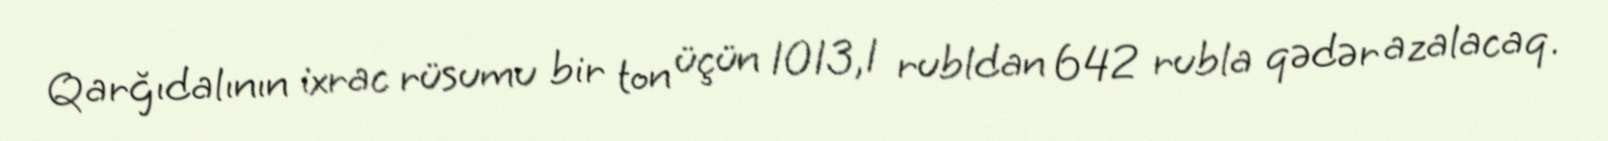
Qarğıdalının ixrac rüsumu bir ton üçün 1013,1 rubldan 642 rubla qədər azalacaq.